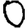
Digit: 0